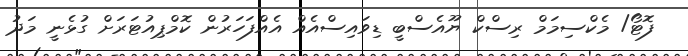
ފޮޓޯ/ މެކްސިމަމް ރިސްކް ޔޫއެސްބީ ޑިވައިސްއެއް އެއްފަހަރުން ކޮމްޕިއުޓަރަށް ގުޅެނީ މަދު